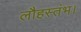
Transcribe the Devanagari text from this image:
लौहस्तंभ।